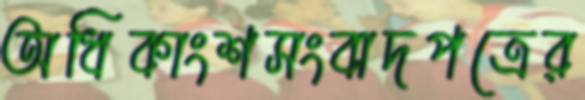
অধিকাংশসংবাদপত্রের